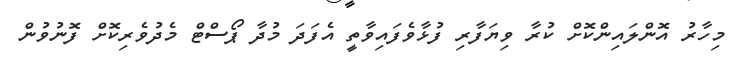
މިހާރު އޮންލައިންކޮށް ކުރާ ވިޔަފާރި ފުޅާވެފައިވާތީ އެފަދަ މުދާ ޕޯސްޓް މެދުވެރިކޮށް ފޮނުވުން